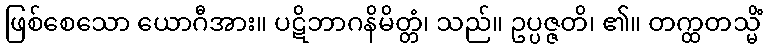
ဖြစ်စေသော ယောဂီအား။ ပဋိဘာဂနိမိတ္တံ၊ သည်။ ဥပ္ပဇ္ဇတိ၊ ၏။ တက္ထတသ္မိံ